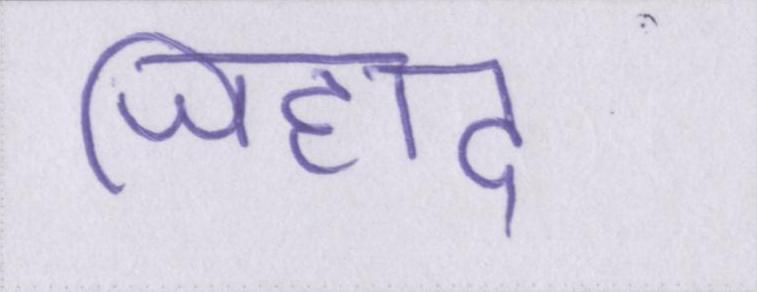
जिहाद